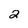
Character: 2